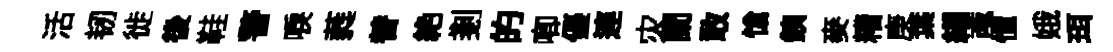
活韧徙後鞋警唳蕤替絶剗的唧優連灾闌敢愴銕麥糟庚葉緡亟憧娥珥